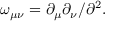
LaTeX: \omega _ { \mu \nu } = \partial _ { \mu } \partial _ { \nu } / \partial ^ { 2 } .